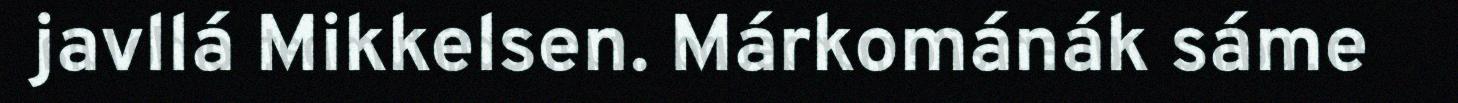
javllá Mikkelsen. Márkománák sáme